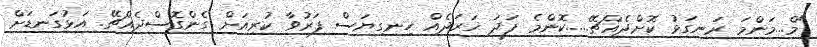
"މް...މަންމަ ރަނގަޅު ކޮށްދެއްޗޭ.....ކޮންމެ ފަދަ ޚަރަދެއް ހިނގިޔަސް ފަރުވާ ކުރިއަށް ގެންގޮސްދެއްޗޭ. އަޅުގަނޑަށް